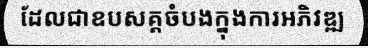
ដែលជាឧបសគ្គចំបងក្នុងការអភិវឌ្ឍ